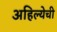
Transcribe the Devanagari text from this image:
अहिल्येची